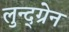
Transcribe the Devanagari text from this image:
लुन्द्ग्रेन